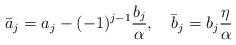
LaTeX: \begin{align*}\bar{a}_{j}=a_{j}-(-1)^{j-1}\frac{b_{j}}{\alpha},\quad\bar{b}_{j}=b_{j}\frac{\eta}{\alpha}\end{align*}